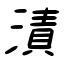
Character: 漬